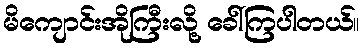
မိကျောင်းအိုကြီးလို့ ခေါ်ကြပါတယ်။